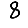
Digit: 8